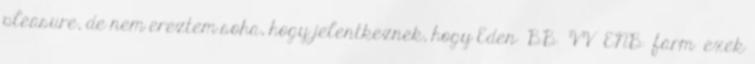
pleasure, de nem ereztem soha, hogy jelentkeznek, hogy Eden BB VV ENB farm exek